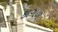
કાગળ